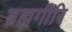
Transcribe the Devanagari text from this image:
ब्रह्मगीरि